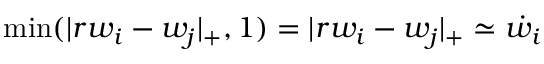
\operatorname* { m i n } ( | r w _ { i } - w _ { j } | _ { + } , 1 ) = | r w _ { i } - w _ { j } | _ { + } \simeq \dot { w _ { i } }